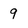
Character: 9